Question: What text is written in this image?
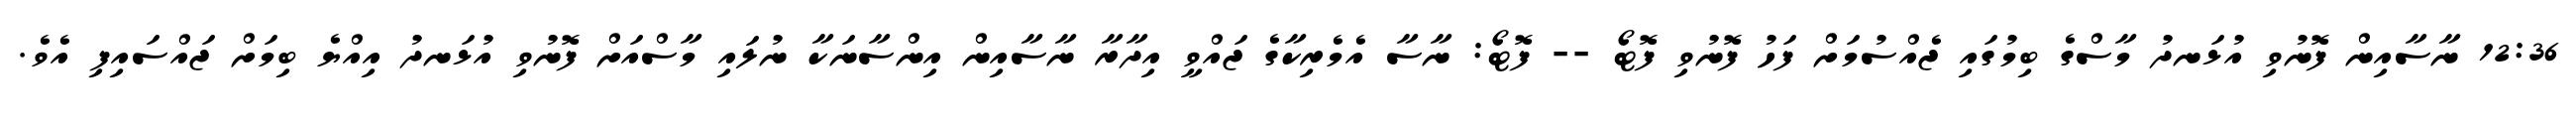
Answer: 12:36 ނާސާއިން ފޮނުވި އުޅަނދު މާސްގެ ބިމުގައި ޖެއްސުމަށް ފަހު ފޮނުވި ފޮޓޯ -- ފޮޓޯ: ނާސާ އެމެރިކާގެ ޖައްވީ އިދާރާ ނާސާއިން އިންސާނަކާ ނުލައި މާސްއަށް ފޮނުވި އުޅަނދު އިއްޔެ ބިމަށް ޖައްސައިފި އެވެ.